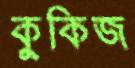
কুকিজ